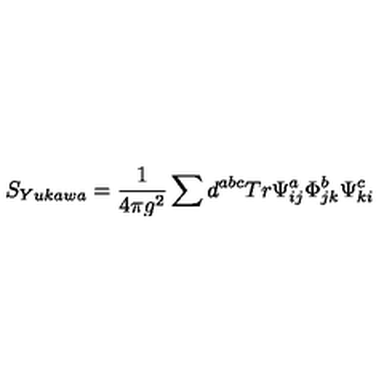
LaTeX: S _ { Y u k a w a } = \frac { 1 } { 4 \pi g ^ { 2 } } \sum d ^ { a b c } T r \Psi _ { i j } ^ { a } \Phi _ { j k } ^ { b } \Psi _ { k i } ^ { c }